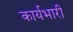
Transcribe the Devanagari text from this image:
कार्यभारी